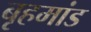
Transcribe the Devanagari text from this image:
बृहमांड